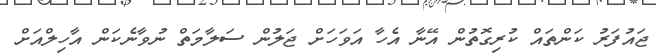
ޖައުފަރު ކަންތައް ކުރިގޮތުން އޭނާ އެހާ އަވަހަށް ޖަލުން ސަލާމަތް ނުވާނެކަން އާހިލްއަށް